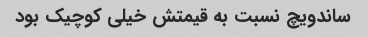
ساندویچ نسبت به قیمتش خیلی کوچیک بود